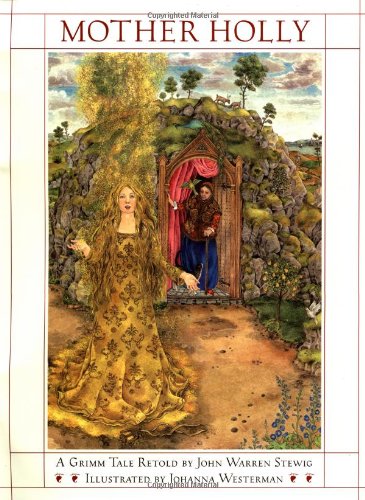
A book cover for Mother Holly: A Retelling from the Brothers Grimm; Children's Books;